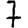
Digit: 7